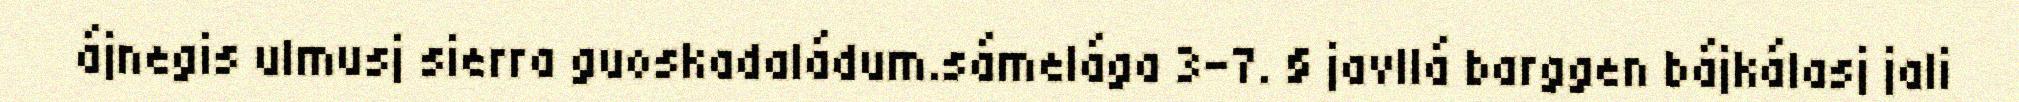
ájnegis ulmusj sierra guoskadaládum.sámelága 3-7. § javllá barggen bájkálasj jali